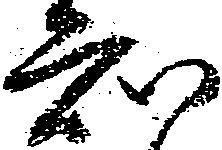
知